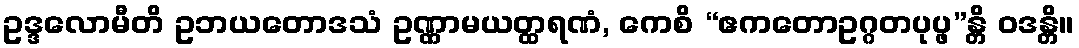
ဥဒ္ဒလောမီတိ ဥဘယတောဒသံ ဥဏ္ဏာမယတ္ထရဏံ, ကေစိ “ဧကတောဥဂ္ဂတပုပ္ဖ”န္တိ ဝဒန္တိ။